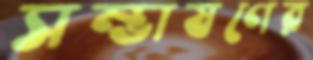
সম্ভাষণের